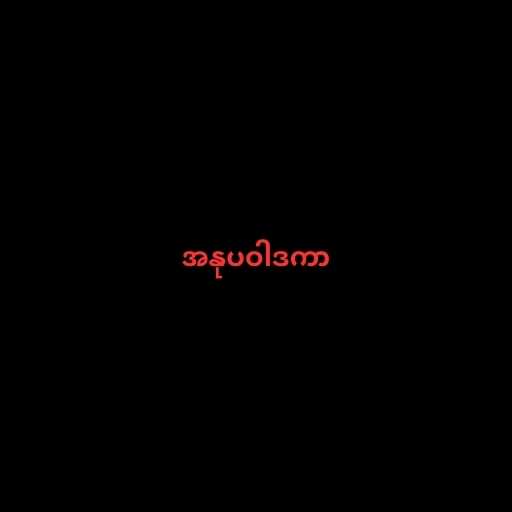
အနုပဝါဒကာ